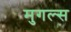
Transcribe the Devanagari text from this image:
मुगल्स